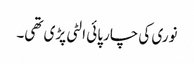
نوری کی چارپائی الٹی پڑی تھی۔